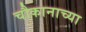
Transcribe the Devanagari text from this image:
चौकानाच्या